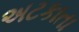
અટકાતા